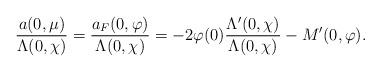
LaTeX: \begin{align*}\frac{ a(0,\mu) } { \Lambda (0,\chi) } = \frac{ a_F(0,\varphi) }{ \Lambda(0,\chi) } = -2 \varphi (0) \frac{ \Lambda'(0,\chi)}{\Lambda(0,\chi)} - M'(0,\varphi).\end{align*}